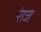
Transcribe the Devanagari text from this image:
रेाज